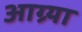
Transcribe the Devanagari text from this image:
आग्र्या